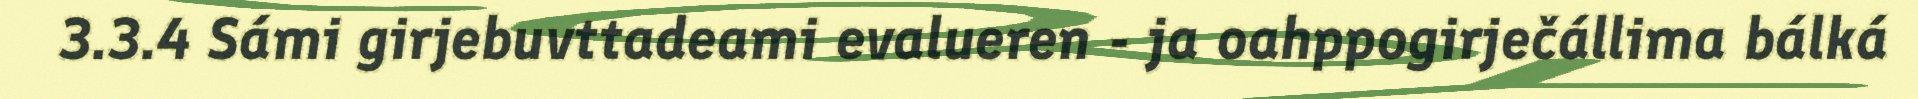
3.3.4 Sámi girjebuvttadeami evalueren - ja oahppogirječállima bálká